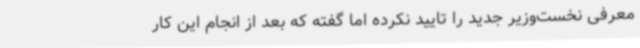
معرفی نخست‌وزیر جدید را تایید نکرده اما گفته که بعد از انجام این کار